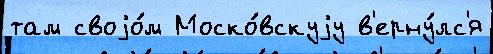
там своjо́м Моско́вскуjу в'ерну́лс'я